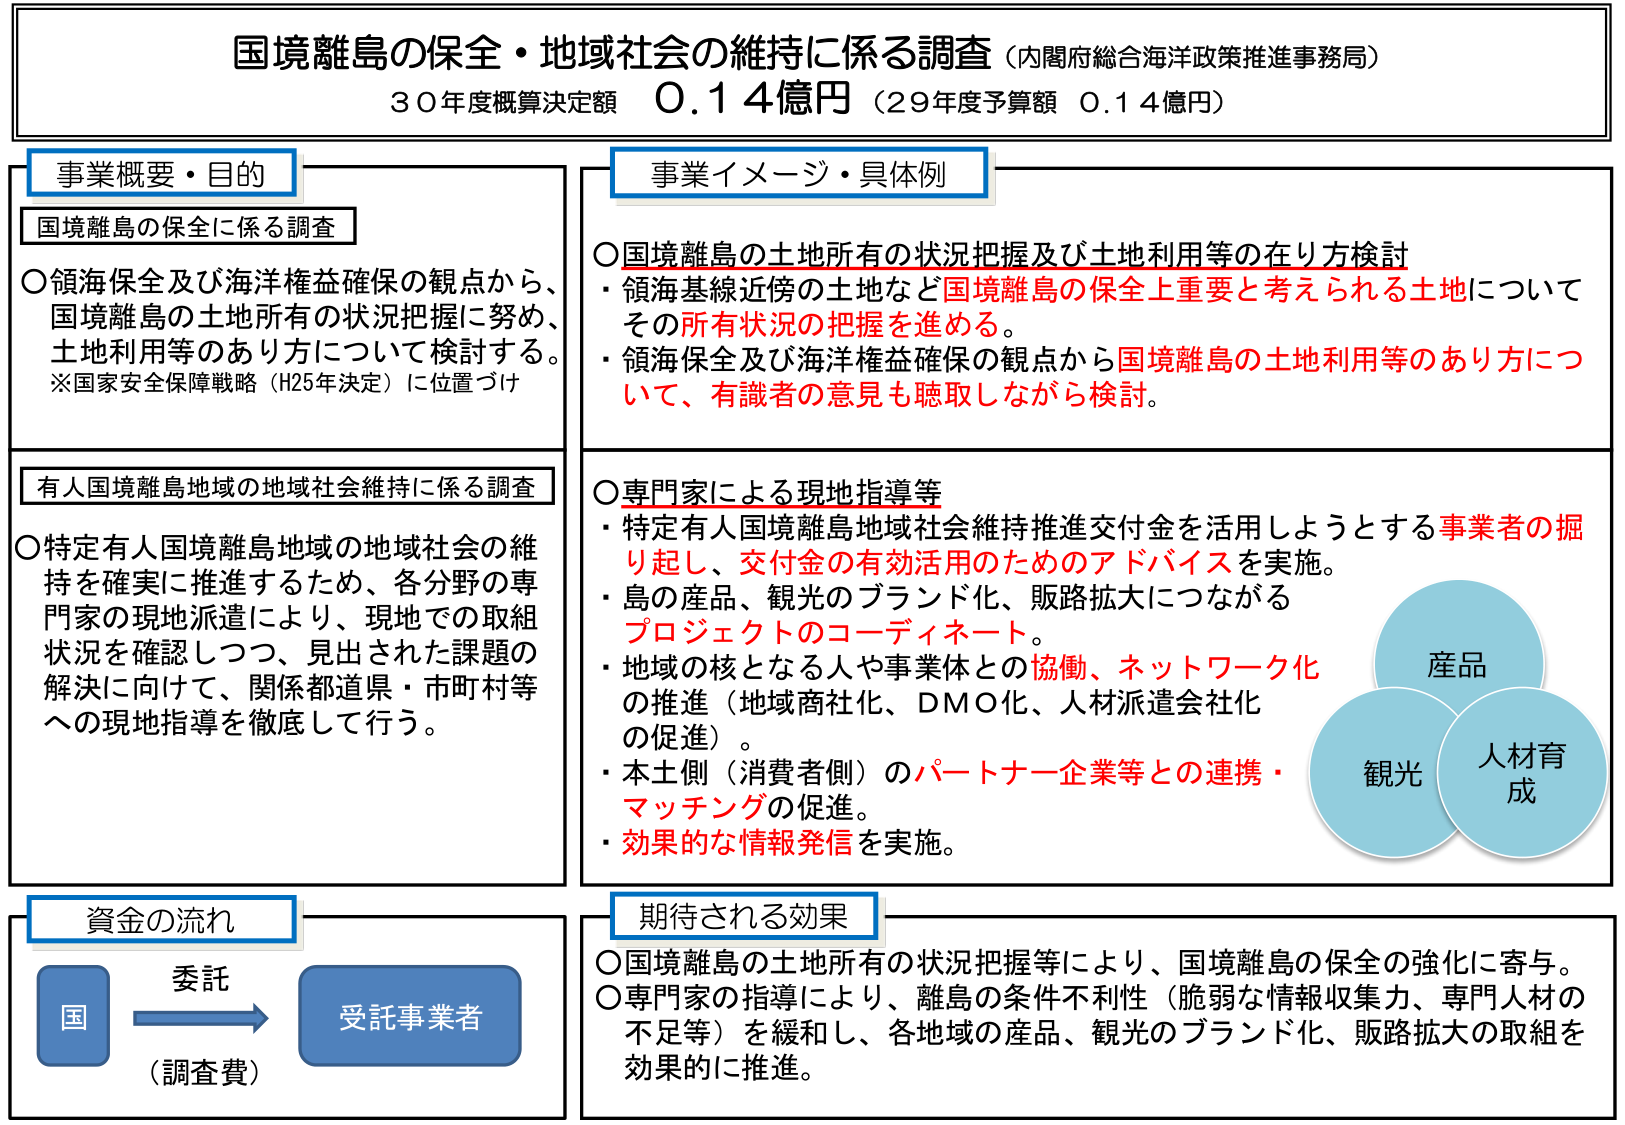
国境離島の保全・地域社会の維持に係る調査（内閣府総合海洋政策推進事務局）
３０年度概算決定額 ０.１４億円（２９年度予算額 ０.１４億円）

事業概要・目的
国境離島の保全に係る調査
○領海保全及び海洋権益確保の観点から、国境離島の土地所有の状況把握に努め、土地利用等のあり方について検討する。
※国家安全保障戦略（H25年決定）に位置づけ

有人国境離島地域の地域社会維持に係る調査
○特定有人国境離島地域の地域社会の維持を確実に推進するため、各分野の専門家の現地派遣により、現地での取組状況を確認しつつ、見出された課題の解決に向けて、関係都道県・市町村等への現地指導を徹底して行う。

事業イメージ・具体例
○国境離島の土地所有の状況把握及び土地利用等の在り方検討
・領海基線近傍の土地など国境離島の保全上重要と考えられる土地についてその所有状況の把握を進める。
・領海保全及び海洋権益確保の観点から国境離島の土地利用等のあり方について、有識者の意見も聴取しながら検討。

○専門家による現地指導等
・特定有人国境離島地域社会維持推進交付金を活用しようとする事業者の掘り起こし、交付金の有効活用のためのアドバイスを実施。
・島の產品、観光のブランド化、販路拡大につながるプロジェクトのコーディネート。
・地域の核となる人や事業体との協働、ネットワーク化の推進（地域商社化、DMO化、人材派遣会社化の促進）。
・本土側（消費者側）のパートナー企業等との連携・マッチングの促進。
・効果的な情報発信を実施。

（図：3つの重なり合う円）
産 品
観 光
人材育成

資金の流れ
国 → 受託事業者
（調査費）
委託

期待される効果
○国境離島の土地所有の状況把握等により、国境離島の保全の強化に寄与。
○専門家の指導により、離島の条件不利性（脆弱な情報収集力、専門人材の不足等）を緩和し、各地域の產品、観光のブランド化、販路拡大の取組を効果的に推進。